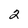
Character: 2